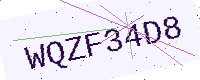
Text: WQZF34D8